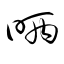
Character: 昞